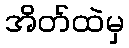
အိတ်ထဲမှ